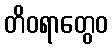
တိဝရာတွေဝ